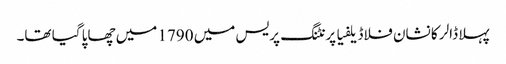
پہلا ڈالر کا نشان فلاڈیلفیا پرنٹنگ پریس میں 1790 میں چھاپا گیا تھا۔